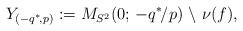
LaTeX: \begin{align*}Y_{(-q^*\mkern-3mu,\mkern1.5mu p)}:= M_{S^2}(0\mkern.4mu; \,-q^*\mkern-2.5mu/p) \mkern1.5mu\setminus\mkern1.5mu \nu(f),\end{align*}